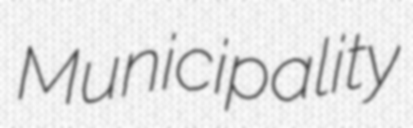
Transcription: Municipality